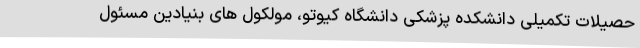
حصیلات تکمیلی دانشکده پزشکی دانشگاه کیوتو، مولکول های بنیادین مسئول